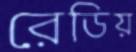
রেডিয়